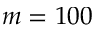
m = 1 0 0